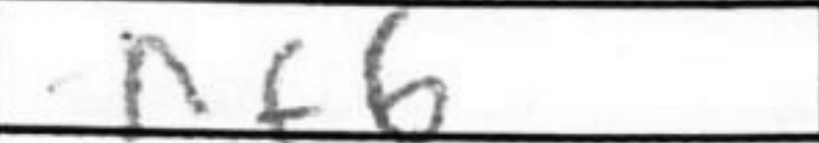
Transcription: Nf6